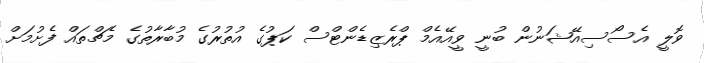
ވޮލީ އެސޯސިއޭޝަނުން ބުނީ ވީއޭއެމް ޕްރެޒިޑެންޓްސް ކަޕުގެ އުތުރުގެ މުބާރާތުގެ މެޗްތައް ފެށުމަށް